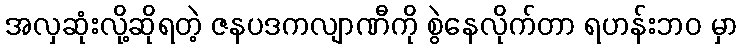
အလှဆုံးလို့ဆိုရတဲ့ ဇနပဒကလျာဏီကို စွဲနေလိုက်တာ ရဟန်းဘဝ မှာ